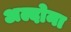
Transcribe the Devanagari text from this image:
अल्दोना